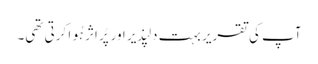
آپ کی تقریر بہت دلپذیر اور پُر اثر ہُوا کرتی تھی۔